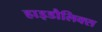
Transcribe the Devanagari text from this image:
हाइडौलिक्स